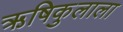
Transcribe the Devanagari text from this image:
ऋषिकुलाला